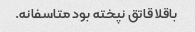
باقلا قاتق نپخته بود متاسفانه.